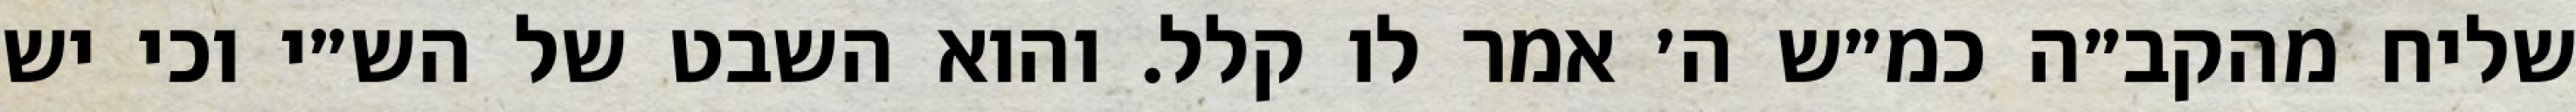
שליח מהקב״ה כמ״ש ה׳ אמר לו קלל. והוא השבט של הש״י וכי יש